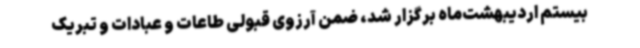
بیستم اردیبهشت‌ماه برگزار شد، ضمن آرزوی قبولی طاعات و عبادات و تبریک